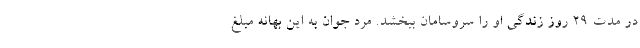
در مدت ۲۹ روز زندگی او را سروسامان ببخشد. مرد جوان به این بهانه مبلغ